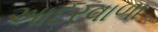
આદરવાળા